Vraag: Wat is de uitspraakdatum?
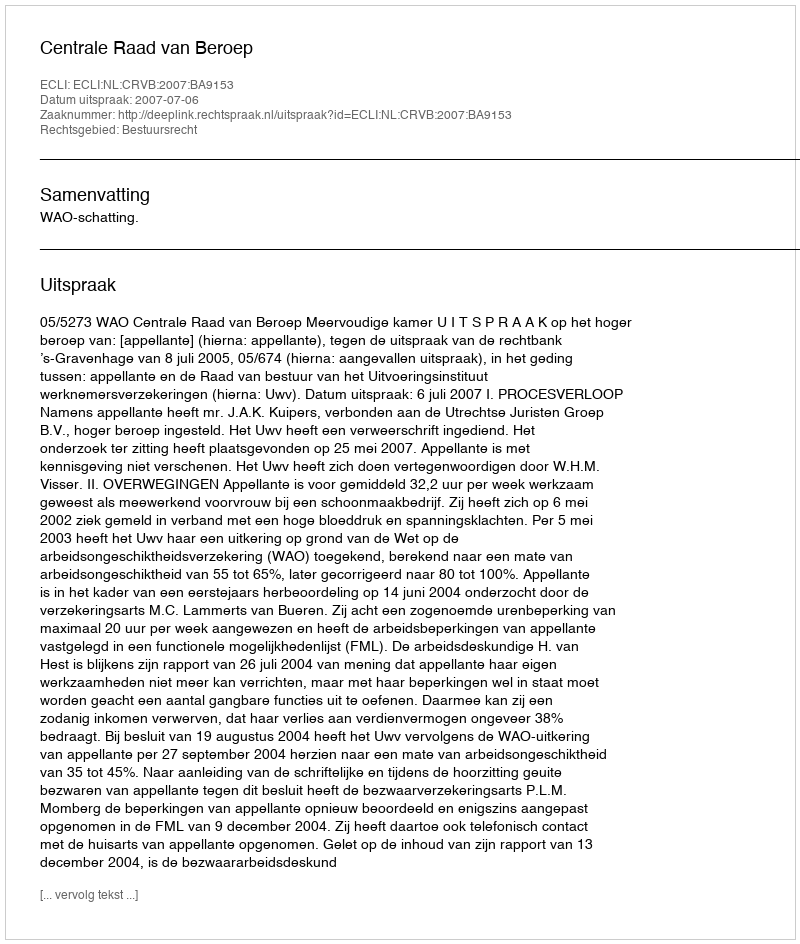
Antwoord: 2007-07-06